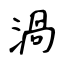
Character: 渦